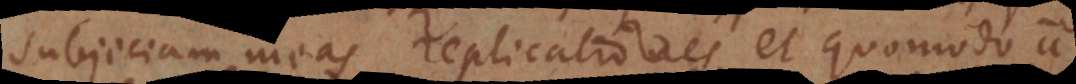
subjiciam meas replicationes, et quomodo a